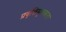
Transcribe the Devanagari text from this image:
प्रवृत्तिमूलकता